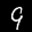
Label: 9